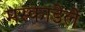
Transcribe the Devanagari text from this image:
मस्काडेले